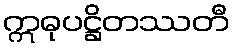
ဣဓုပဋ္ဌိတဿတီ